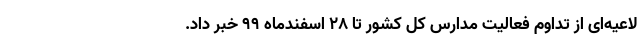
لاعیه‌ای از تداوم فعالیت مدارس کل کشور تا ۲۸ اسفندماه ۹۹ خبر داد.